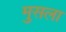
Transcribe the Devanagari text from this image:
मुसला